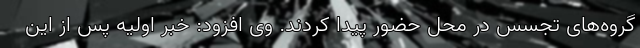
گروه‌های تجسس در محل حضور پیدا کردند. وی افزود: خبر اولیه پس از این